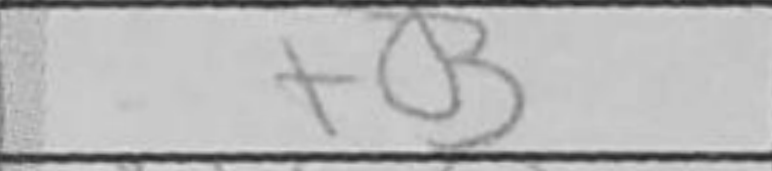
Transcription: f3